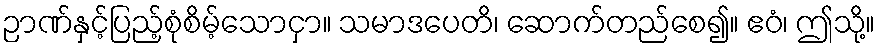
ဉာဏ်နှင့်ပြည့်စုံစိမ့်သောငှာ။ သမာဒပေတိ၊ ဆောက်တည်စေ၍။ ဧဝံ၊ ဤသို့။